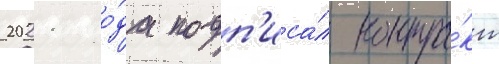
2021 го́да подп'иса́л контра́кт